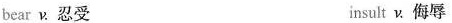
bear v. 忍受 insul v.侮辱